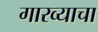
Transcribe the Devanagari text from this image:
गारव्याचा